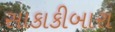
સાકાકીબારા